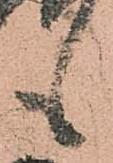
も